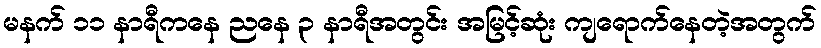
မနက် ၁၁ နာရီကနေ ညနေ ၃ နာရီအတွင်း အမြင့်ဆုံး ကျရောက်နေတဲ့အတွက်